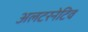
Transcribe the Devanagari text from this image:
अलटरनेटिव